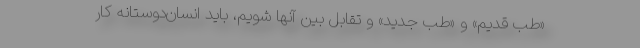
«طب قدیم» و «طب جدید» و تقابل بین آنها شویم، باید انسان‌دوستانه کار